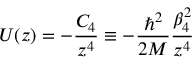
U ( z ) = - \frac { C _ { 4 } } { z ^ { 4 } } \equiv - \frac { \hbar ^ { 2 } } { 2 M } \frac { \beta _ { 4 } ^ { 2 } } { z ^ { 4 } }